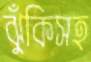
ঝুঁকিসহ